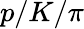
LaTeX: p/K/\pi